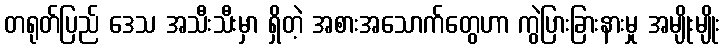
တရုတ်ပြည် ဒေသ အသီးသီးမှာ ရှိတဲ့ အစားအသောက်တွေဟာ ကွဲပြားခြားနားမှု အမျိုးမျိုး